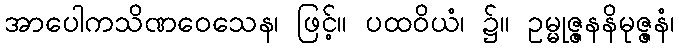
အာပေါကသိဏဝေသေန၊ ဖြင့်။ ပထဝိယံ၊ ၌။ ဥမ္မုဇ္ဇနနိမုဇ္ဇနံ၊